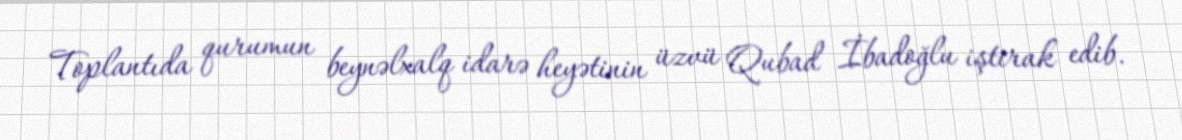
Toplantıda qurumun beynəlxalq idarə heyətinin üzvü Qubad İbadoğlu iştirak edib.